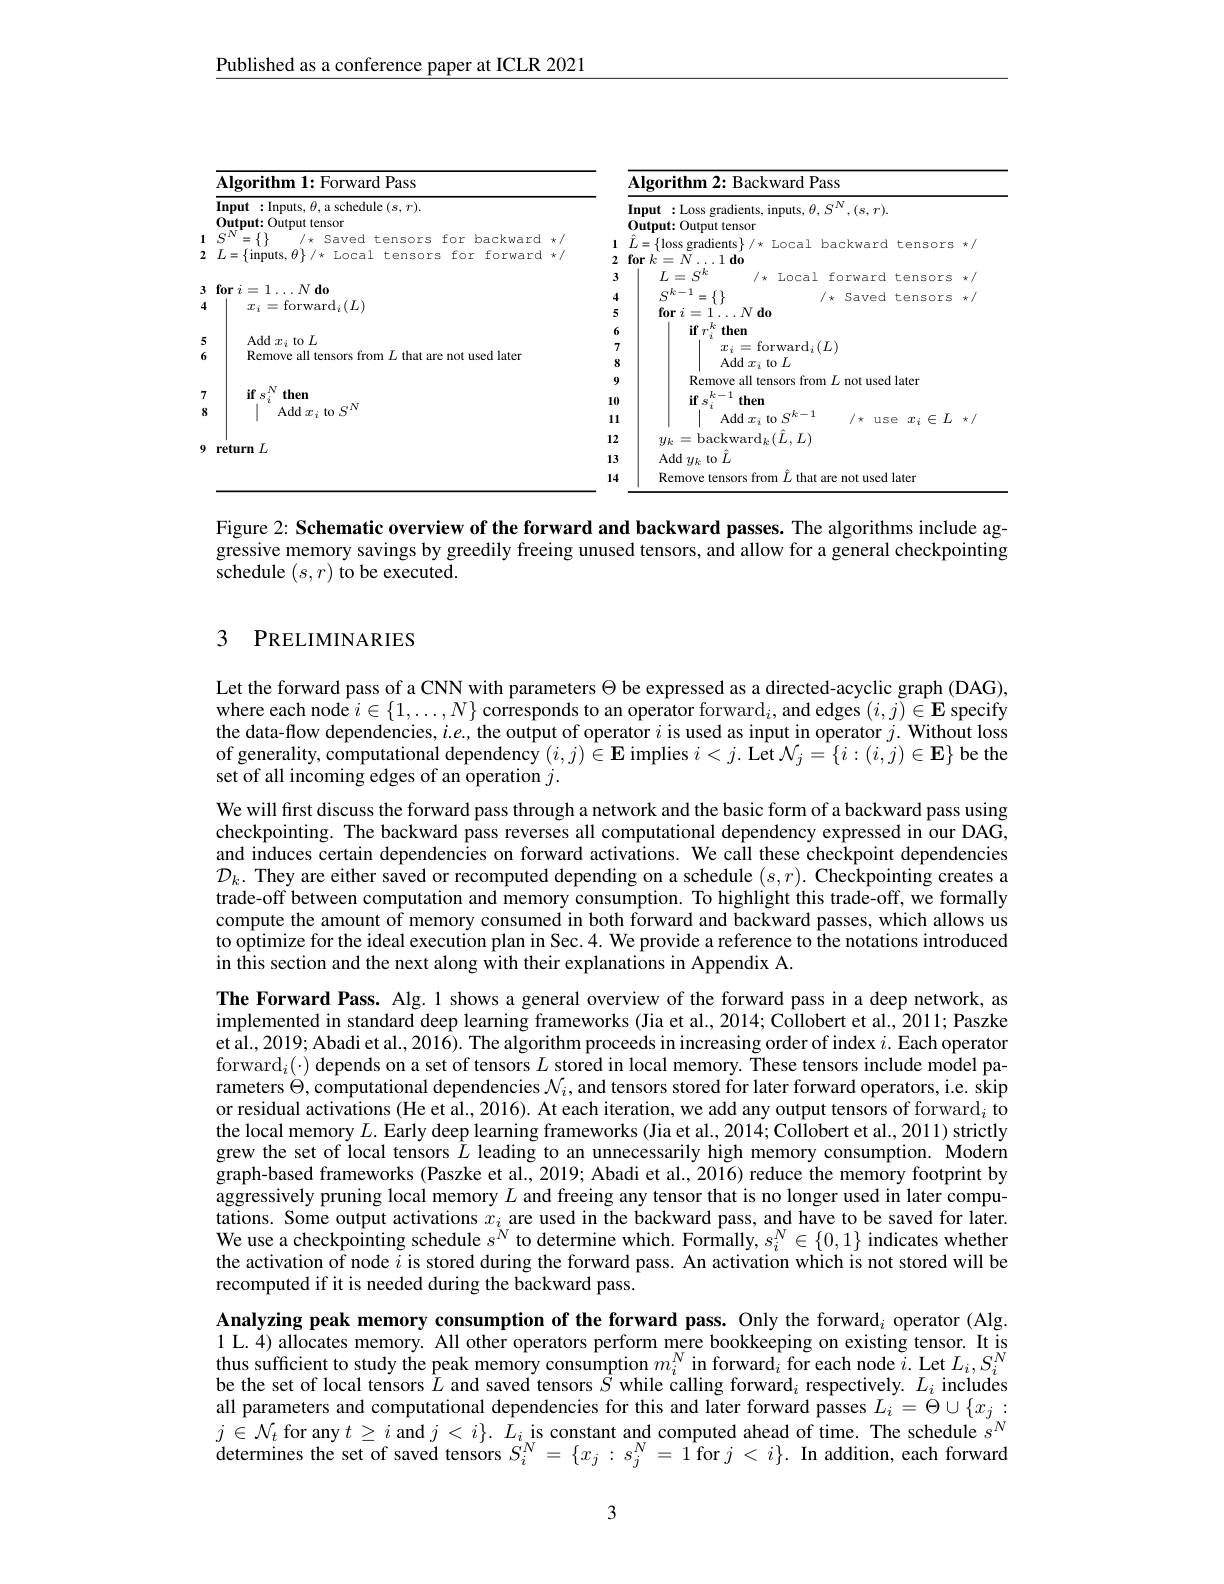
Published as a conference paper at ICLR 2021

<table>
	<tbody>
		<tr>
			<th> </th>
			<th>Algorithm 1: Forward Pass</th>
			<th> </th>
			<th> </th>
			<th>Algorithm 2: Backward Pass</th>
			<th> </th>
			<th> </th>
		</tr>
		<tr>
			<th> </th>
			<th>Input :Inputs, $\theta$, a schedule $(s,r).$ Output: Output tensor</th>
			<th> </th>
			<th> </th>
			<th>Input :Loss gradients, inputs, $\theta,S^N,(s,r).$ Output: Output tensor</th>
			<th>$\cdot).$</th>
			<th> </th>
		</tr>
		<tr>
			<th>1 1</th>
			<th>-TT 5 for backwar</th>
			<th></th>
			<th>1</th>
			<th> </th>
			<th>d tensors</th>
			<th>$k$ $f$ 11 1</th>
		</tr>
		<tr>
			<td>2</td>
			<td>$\{m_{2},m_{2}\}$ T</td>
			<td>水</td>
			<td>2</td>
			<td>for $k$ $\Lambda$ $.1d0$</td>
			<td> </td>
			<td> </td>
		</tr>
		<tr>
			<td> </td>
			<td> </td>
			<td> </td>
			<td>3</td>
			<td>$L=S^{k}$ /* Local forward t </td>
			<td>tensors 一 1 -</td>
			<td>Th $k$ </td>
		</tr>
		<tr>
			<td>3</td>
			<td>fori - $d0$</td>
			<td> </td>
			<td>4</td>
			<td>$\varsigma k-1$ $\{1\}$</td>
			<td>tensors</td>
			<td>r $k$</td>
		</tr>
		<tr>
			<td rowspan="1">4</td>
			<td>$\mathcal{T}_{i}$ - $t0r$ $\operatorname{ard}_{i}(L)$</td>
			<td> </td>
			<td></td>
			<td>fori Ndo</td>
			<td> </td>
			<td> </td>
		</tr>
		<tr>
			<td> </td>
			<td> </td>
			<td> </td>
			<td> </td>
			<td>$\mathbf{if}_{\boldsymbol{T}}^{\boldsymbol{k}}$ then</td>
			<td> </td>
			<td> </td>
		</tr>
		<tr>
			<td>5</td>
			<td> $\mathcal{T}_{3}$ 1</td>
			<td> </td>
			<td>7</td>
			<td>for $\operatorname{rd}_{i}(L)$</td>
			<td> </td>
			<td> </td>
		</tr>
		<tr>
			<td>$\mathbf{b}$</td>
			<td>Kenove CO RICT</td>
			<td> </td>
			<td>8</td>
			<td>Add $x_i$ to $L$</td>
			<td> </td>
			<td> </td>
		</tr>
		<tr>
			<td> </td>
			<td> </td>
			<td> </td>
			<td>9</td>
			<td>Remove all tensors from $L$ not used la</td>
			<td>ed later</td>
			<td> </td>
		</tr>
		<tr>
			<td>7</td>
			<td>TIT S then $N$</td>
			<td> </td>
			<td>10</td>
			<td>$\textbf{if }s_{i}^{k}$ $\mu$ then K</td>
			<td> </td>
			<td> </td>
		</tr>
		<tr>
			<td>8</td>
			<td>Add LO L</td>
			<td> </td>
			<td>11</td>
			<td>Add $x_{i}$ $to$ $S^{k- 1}$ /* use</td>
			<td>$L$ iSe $x_{i}$ $\in$</td>
			<td>1 $k$ $f$ $\frac{1}{2}$</td>
		</tr>
		<tr>
			<td> </td>
			<td> </td>
			<td> </td>
			<td>12</td>
			<td>$y_{k}=$backward$_k(L,L)$</td>
			<td> </td>
			<td> </td>
		</tr>
		<tr>
			<td>$y$</td>
			<td>eturn L</td>
			<td> </td>
			<td>13</td>
			<td>Add $y_k$ to $\hat{L}$</td>
			<td> </td>
			<td> </td>
		</tr>
		<tr>
			<td> </td>
			<td> </td>
			<td> </td>
			<td>14</td>
			<td>Remove tensors from $\hat{L}$ that are not used lat</td>
			<td>d later</td>
			<td> </td>
		</tr>
	</tbody>
</table>

Figure 2: Schematic overview of the forward and backward passes. The algorithms include aggressive memory savings by greedily freeing unused tensors, and allow for a general checkpointing schedule $(s,r)$ to be executed.

# 3 PRELIMINARIES

Let the forward pass of a CNN with parameters $\Theta$ be expressed as a directed-acyclic graph (DAG), where each node $i\in \{ 1, \ldots , N\}$ $\text{corresponds to an operator forward}_{i}$, and edges $( i, j) \in \mathbf{E}$ specify the data-flow dependencies, $i.e.$ the output of operator $i$ is used as input in operator $j.$ Without loss of generality, computational dependency $(i,j)\in\mathbf{E}$ implies $i< j.$Let$\mathcal{N} _j= \{ i: ( i, j) \in \mathbf{E} \}$ be the set of all incoming edges of an operation $j.$
We will first discuss the forward pass through a network and the basic form of a backward pass using checkpointing. The backward pass reverses all computational dependency expressed in our DAG, and induces certain dependencies on forward activations. We call these checkpoint dependencies $\mathcal{D}_k.$ They are either saved or recomputed depending on a schedule $(s,r).$ Checkpointing creates a trade-off between computation and memory consumption. To highlight this trade-off, we formally compute the amount of memory consumed in both forward and backward passes, which allows us $\hat{\text{to optimize for the ideal execution plan in Sec.4. We provide a reference to the notations introduced}}$ in this section and the next along with their explanations in Appendix A.
The Forward Pass. Alg.1 shows a general overview of the forward pass in a deep network, as implemented in standard deep learning frameworks (Jia et al., 2014; Collobert et al., 2011; Paszke et al., 2019; Abadi et al., 2016). The algorithm proceeds in increasing order of index $i.$ Each operator forward$_i(\cdot)$ depends on a set of tensors $L$ stored in local memory. These tensors include model parameters $\Theta$, computational dependencies $\mathcal{N}_i$, and tensors stored for later forward operators, i.e. skip or residual activations (He et al., 2016). At each iteration, we add any output tensors of forward$_i$ to the local memory $L.$ Early deep learning frameworks (Jia et al., 2014; Collobert et al., 2011) strictly grew the set of local tensors $\tilde{L}$ leading to an unnecessarily high memory consumption. Modern graph-based frameworks (Paszke et al., 2019; Abadi et al., 2016) reduce the memory footprint by aggressively pruning local memory $L$ and freeing any tensor that is no longer used in later computations. Some output activations $x_i$ are used in the backward pass, and have to be saved for later. We use a checkpointing schedule $s^N$ to determine which. Formally, $s_i^N\in\{0,1\}$ indicates whether the activation of node $i$ is stored during the forward pass. An activation which is not stored will be recomputed if it is needed during the backward pass.
Analyzing peak memory consumption of the forward pass. Only the forward$_i$ operator (Alg.

1 L. 4) allocates memory. All other operators perform mere bookkeeping on existing tensor. It is thus sufficient to study the peak memory consumption $m_i^N$ in forward$_i$ for each node $i.$ Let $L_i,S_i^N$ be the set of local tensors $\hat{L}$ and saved tensors $\hat{S}$ while calling forward$_i$ respectively. $L_i$ includes all parameters and computational dependencies for this and later forward passes $L_i=\Theta\cup\{x_j:$ $j\in\mathcal{N}_t$ for any $t\geq i$ and $j<i\}.~L_i$ is constant and computed ahead of time. The schedule $s^N$ determines the set of saved tensors $\dot{S}_{i}^{N}=\{x_{j}:s_{j}^{N}=1$for $j<i\}.$ In addition, each forwarde

3